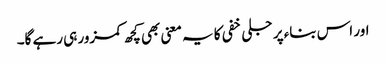
اور اس بناء پر جلی خفی کا یہ معنی بھی کچھ کمزور ہی رہے گا۔